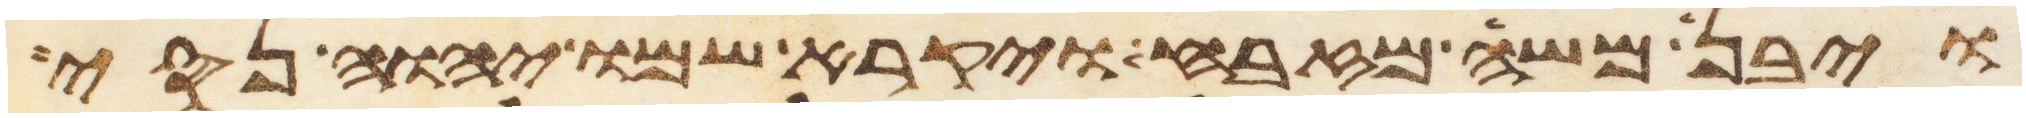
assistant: ויבן משה מזבח ויקרא שמו יהוה נסי